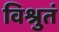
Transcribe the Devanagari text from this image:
विश्रुतं